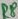
Text: R8